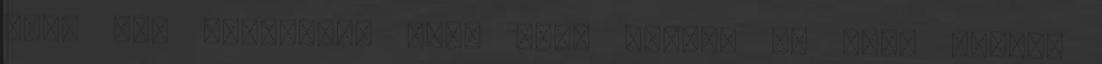
hogy úgy gondolom, hogy maga többet is akar tőlem,